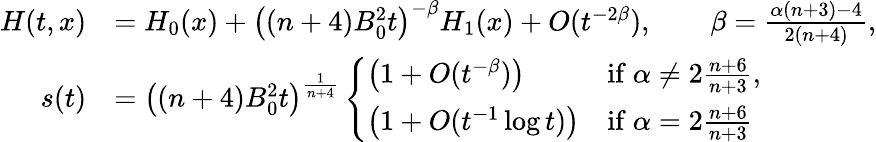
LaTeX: \begin{array}{rl}{H(t,x)}&{=H_{0}(x)+\big((n+4)B_{0}^{2}t\big)^{-\beta}H_{1}(x)+O(t^{-2\beta}),\qquad\beta=\frac{\alpha(n+3)-4}{2(n+4)},}\\ {s(t)}&{=\big((n+4)B_{0}^{2}t\big)^{\frac{1}{n+4}}\left\{ \begin{array}{ll}{\big(1+O(t^{-\beta})\big)}&{\mathrm{if~}\alpha\ne 2\frac{n+6}{n+3},}\\ {\big(1+O(t^{-1}\log t)\big)}&{\mathrm{if~}\alpha=2\frac{n+6}{n+3}}\end{array}\right.}\end{array}